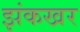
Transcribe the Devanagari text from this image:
झंकखर